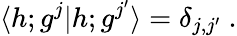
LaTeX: \langle h;g^{j}\vert h;g^{j^{\prime}}\rangle=\delta_{j,j^{\prime}}{}~.